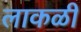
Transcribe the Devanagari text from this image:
लाकळी